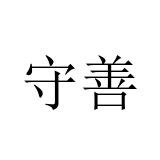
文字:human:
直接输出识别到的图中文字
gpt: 守善